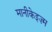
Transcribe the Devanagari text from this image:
मानीकेइज़्म